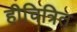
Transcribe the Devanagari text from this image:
हीचित्रित